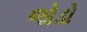
જોડો